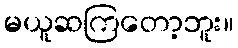
မယူဆကြတော့ဘူး။